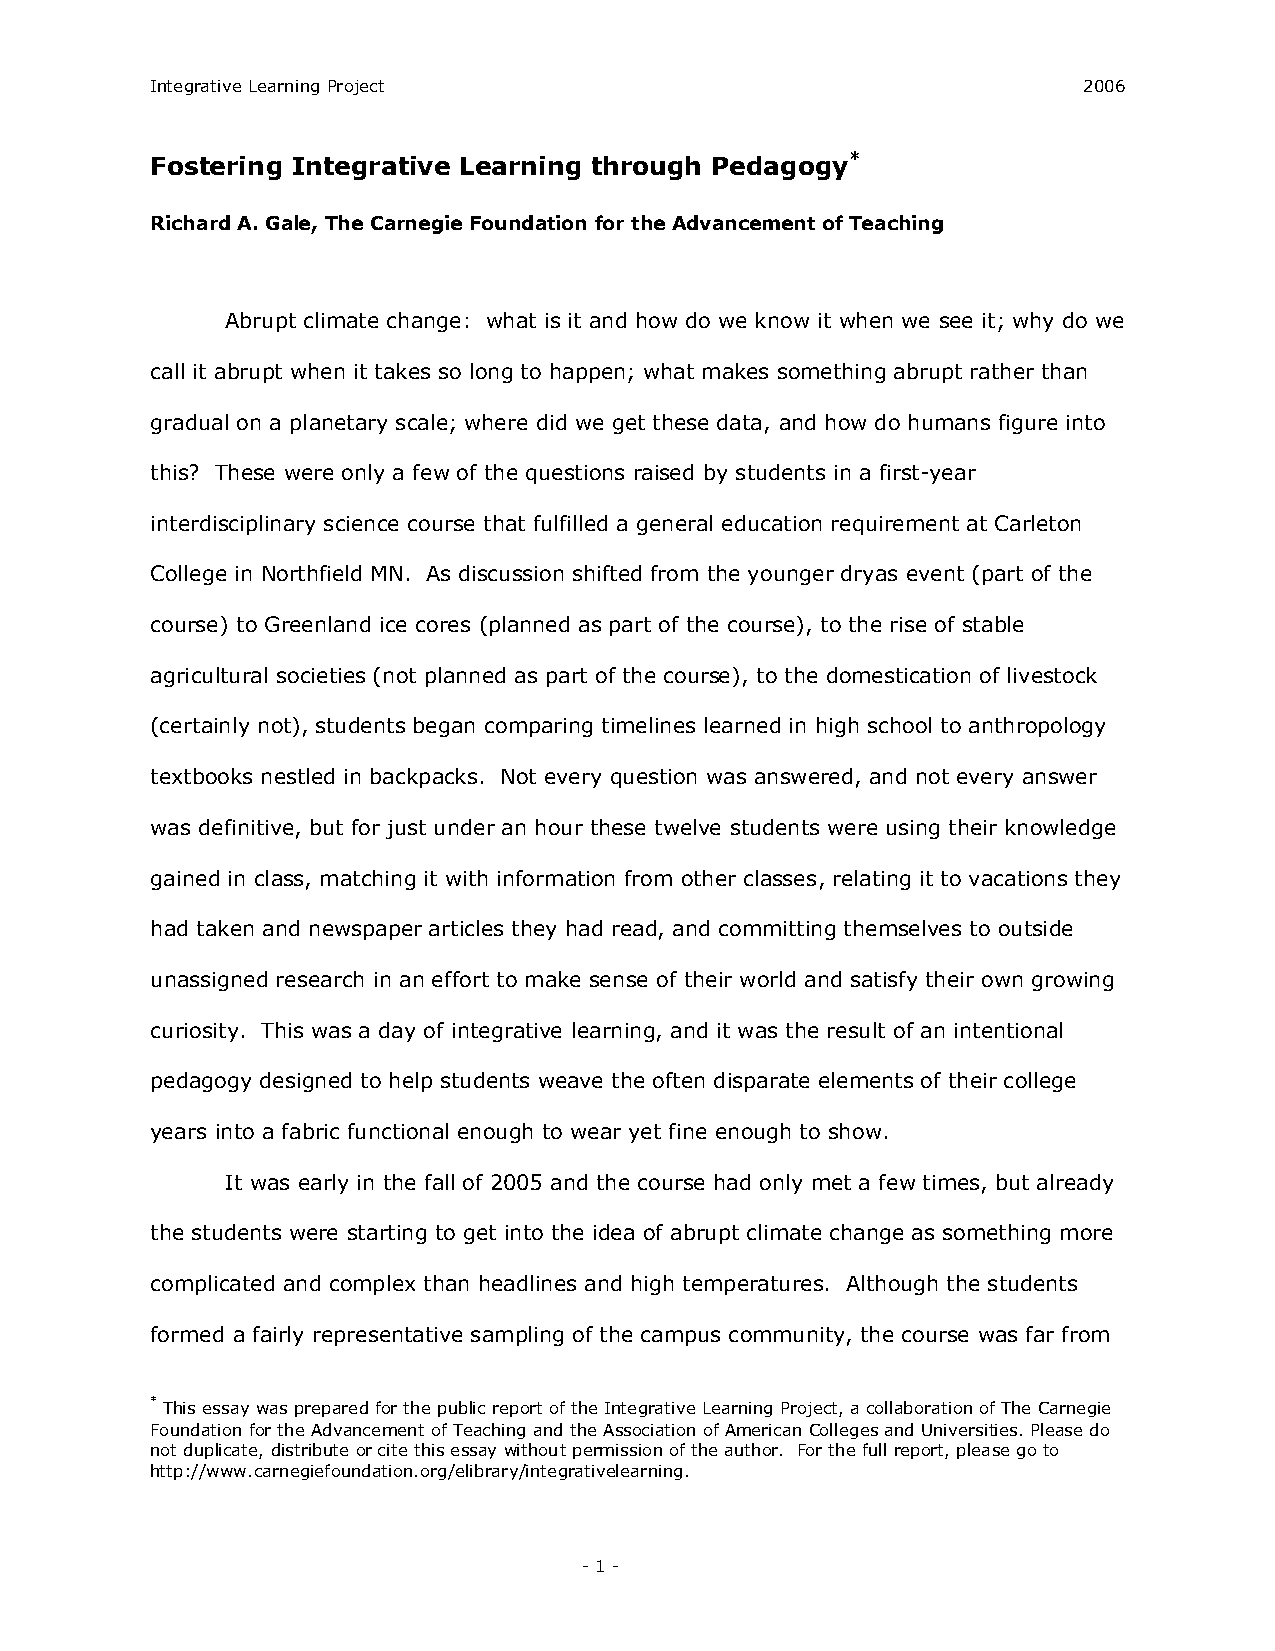
Integrative Learning Project                                  2006
 Fostering Integrative Learning through Pedagogy *
 Richard A. Gale, The Carnegie Foundation for the Advancement of Teaching
 Abrupt climate change: what is it and how do we know it when we see it; why do we
 call it abrupt when it takes so long to happen; what makes something abrupt rather than
 gradual on a planetary scale; where did we get these data, and how do humans figure into
 this? These were only a few of the questions raised by students in a first­year
 interdisciplinary science course that fulfilled a general education requirement at Carleton
 College in Northfield MN. As discussion shifted from the younger dryas event (part of the
 course) to Greenland ice cores (planned as part of the course), to the rise of stable
 agricultural societies (not planned as part of the course), to the domestication of livestock
 (certainly not), students began comparing timelines learned in high school to anthropology
 textbooks nestled in backpacks. Not every question was answered, and not every answer
 was definitive, but for just under an hour these twelve students were using their knowledge
 gained in class, matching it with information from other classes, relating it to vacations they
 had taken and newspaper articles they had read, and committing themselves to outside
 unassigned research in an effort to make sense of their world and satisfy their own growing
 curiosity. This was a day of integrative learning, and it was the result of an intentional
 pedagogy designed to help students weave the often disparate elements of their college
 years into a fabric functional enough to wear yet fine enough to show.
 It was early in the fall of 2005 and the course had only met a few times, but already
 the students were starting to get into the idea of abrupt climate change as something more
 complicated and complex than headlines and high temperatures. Although the students
 formed a fairly representative sampling of the campus community, the course was far from
 *
 This essay was prepared for the public report of the Integrative Learning Project, a collaboration of The Carnegie
 Foundation for the Advancement of Teaching and the Association of American Colleges and Universities. Please do
 not duplicate, distribute or cite this essay without permission of the author. For the full report, please go to
 http://www.carnegiefoundation.org/elibrary/integrativelearning.
 ­ 1 ­